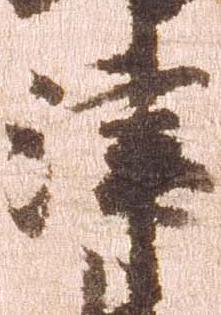
津